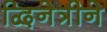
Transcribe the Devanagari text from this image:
द्विनेत्रीने